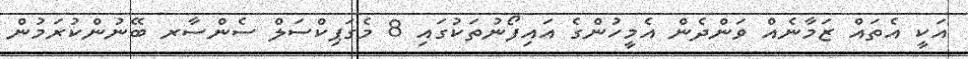
އަކީ އެތައް ޒަމާނެއް ވަންދެން އެމީހުންގެ އައިފޯނުތަކުގައި 8 މެގަޕިކްސަލް ސެންސާރ ބޭނުންކުރަމުން